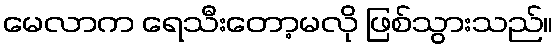
မေလာက ရေသီးတော့မလို ဖြစ်သွားသည်။